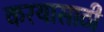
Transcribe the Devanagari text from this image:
करयासाठी